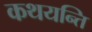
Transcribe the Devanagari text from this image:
कथयन्ति